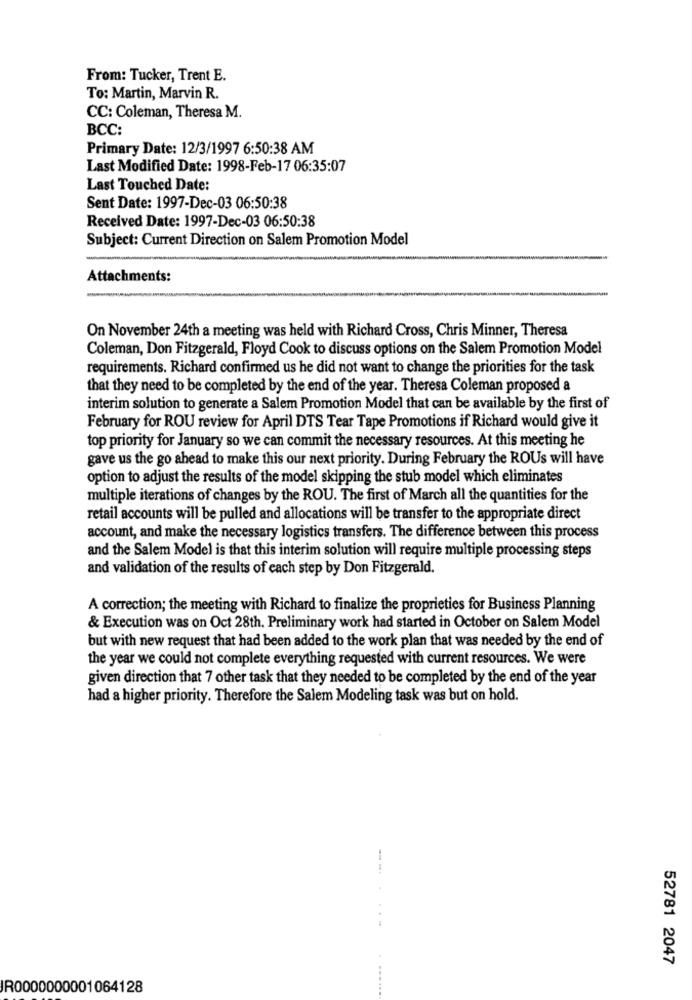
From: Tucker, Trent E.
To: Martin, Marvin R.
CC: Coleman, Theresa M.
BCC:
Primary Date: 12/3/1997 6:50:38 AM
Last Modified Date: 1998-Feb-17 06:35:07
Last Touched Date:
Sent Date: 1997-Dec-03 06:50:38
Received Date: 1997-Dec-03 06:50:38
Subject: Current Direction on Salem Promotion Model
Attachments:
On November 24th a meeting was held with Richard Cross, Chris Minner, Theresa
Coleman, Don Fitzgerald, Floyd Cook to discuss options on the Salem Promotion Model
requirements. Richard confirmed us he did not want to change the priorities for the task
that they need to be completed by the end of the year. Theresa Coleman proposed a
interim solution to generate a Salem Promotion Model that can be available by the first of
February for ROU review for April DTS Tear Tape Promotions if Richard would give it
top priority for January so we can commit the necessary resources. At this meeting he
gave us the go ahead to make this our next priority. During February the ROUs will have
option to adjust the results of the model skipping the stub model which eliminates
multiple iterations of changes by the ROU. The first of March all the quantities for the
retail accounts will be pulled and allocations will be transfer to the appropriate direct
account, and make the necessary logistics transfers. The difference between this process
and the Salem Model is that this interim solution will require multiple processing steps
and validation of the results of each step by Don Fitzgerald.
A correction; the meeting with Richard to finalize the proprieties for Business Planning
& Execution was on Oct 28th. Preliminary work had started in October on Salem Model
but with new request that had been added to the work plan that was needed by the end of
the year we could not complete everything requested with current resources. We were
given direction that 7 other task that they needed to be completed by the end of the year
had a higher priority. Therefore the Salem Modeling task was but on hold.
52781 2047
JR0000000001064128